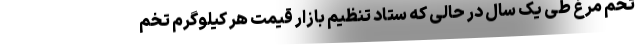
تخم مرغ طی یک سال در حالی که ستاد تنظیم بازار قیمت هر کیلوگرم تخم